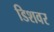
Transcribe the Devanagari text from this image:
डिशवर